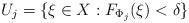
LaTeX: \begin{align*}U_j = \{\xi \in X : F_{\Phi_j}(\xi) < \delta \}\end{align*}